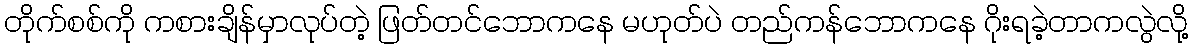
တိုက်စစ်ကို ကစားချိန်မှာလုပ်တဲ့ ဖြတ်တင်ဘောကနေ မဟုတ်ပဲ တည်ကန်ဘောကနေ ဂိုးရခဲ့တာကလွဲလို့